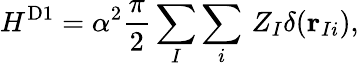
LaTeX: H^{\mathrm{D1}}=\alpha^{2}\frac{\pi}{2}\sum_{I}\sum_{i}\, Z_{I}\delta(\mathbf{r}_{Ii}),